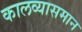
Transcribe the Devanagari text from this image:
कालव्यासमान